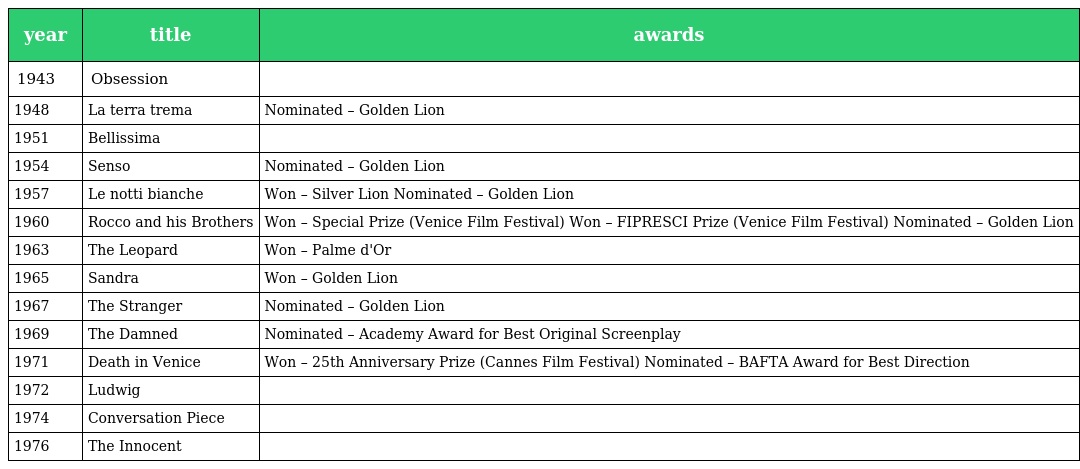
| year | title | awards |
 | --- | --- | --- |
 | 1943 | Obsession |  |
 | 1948 | La terra trema | Nominated – Golden Lion |
 | 1951 | Bellissima |  |
 | 1954 | Senso | Nominated – Golden Lion |
 | 1957 | Le notti bianche | Won – Silver Lion Nominated – Golden Lion |
 | 1960 | Rocco and his Brothers | Won – Special Prize (Venice Film Festival) Won – FIPRESCI Prize (Venice Film Festival) Nominated – Golden Lion |
 | 1963 | The Leopard | Won – Palme d'Or |
 | 1965 | Sandra | Won – Golden Lion |
 | 1967 | The Stranger | Nominated – Golden Lion |
 | 1969 | The Damned | Nominated – Academy Award for Best Original Screenplay |
 | 1971 | Death in Venice | Won – 25th Anniversary Prize (Cannes Film Festival) Nominated – BAFTA Award for Best Direction |
 | 1972 | Ludwig |  |
 | 1974 | Conversation Piece |  |
 | 1976 | The Innocent |  |